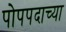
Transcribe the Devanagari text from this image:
पोपपदाच्या